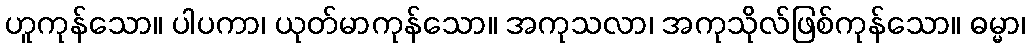
ဟူကုန်သော။ ပါပကာ၊ ယုတ်မာကုန်သော။ အကုသလာ၊ အကုသိုလ်ဖြစ်ကုန်သော။ ဓမ္မာ၊